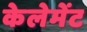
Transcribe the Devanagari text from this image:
केलेमेंट